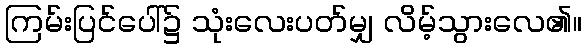
ကြမ်းပြင်ပေါ်၌ သုံးလေးပတ်မျှ လိမ့်သွားလေ၏။